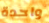
واحدة